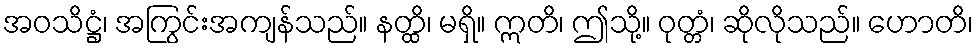
အဝသိဋ္ဌံ၊ အကြွင်းအကျန်သည်။ နတ္ထိ၊ မရှိ။ ဣတိ၊ ဤသို့။ ဝုတ္တံ၊ ဆိုလိုသည်။ ဟောတိ၊